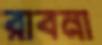
রাবনা